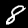
Label: 8